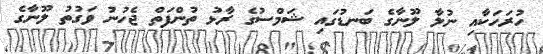
ހުރަހަކާއި ނުލާ ލޫނާގެ ބަނޑުގައި ޝަމްސުގެ ރާޅު ތުންފަތް ޖެހުނު ވަގުތު ލޫނާގެ